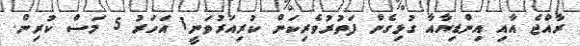
ރާއްޖެ އާއި އިންޑިޔާއާ ގުޅިގެން ފަތުރުވެރިކަން ކުރިއަރުވަނީ1 އަހަރު 5 މަސް ކުރިން.